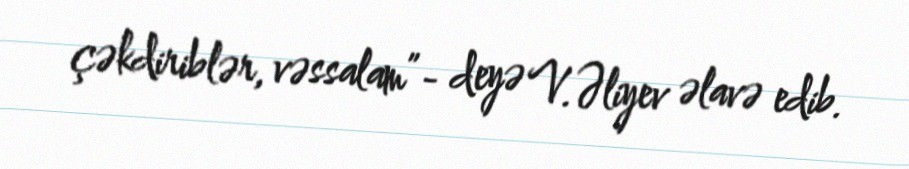
çəkdiriblər, vəssalam”- deyə V.Əliyev əlavə edib.